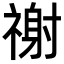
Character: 𥛖